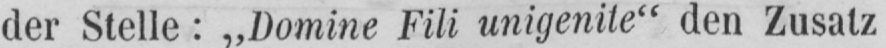
der Stelle: „Domine Fili unigenite“ den Zusatz